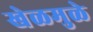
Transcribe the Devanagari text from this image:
खेळमुळे